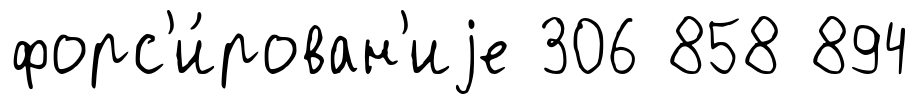
форс'и́рован'иjе 306 858 894